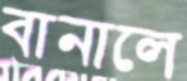
বানালে